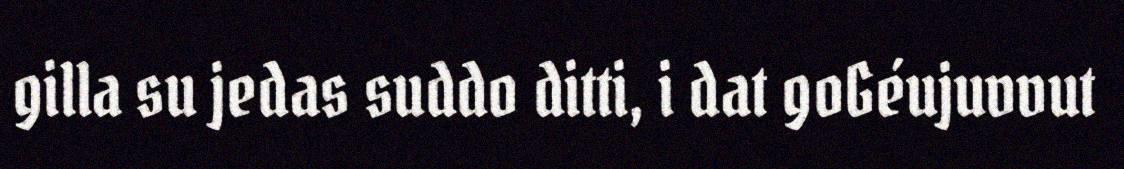
gilla su jedas suddo ditti, i dat goGéujuvvut